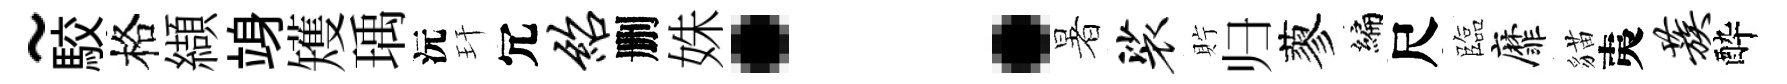
~駮格纈竧矱瑀沅玕冗绍删姝：暑裟貯归蓼编尺臨靡貓夷蔟酔